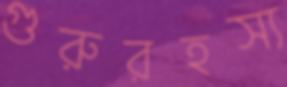
গুরুরহস্য